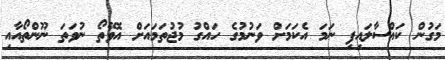
މަގުން ކައްސާލައިފި ނަމަ އެކަމަށް ވަނުމުގެ ހައްގު މުޖުތަމައަށް އޮވޭތޯ ނުވަތަ ނޫންތޯއާއި